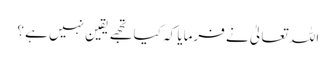
اللہ تعالیٰ نے فرمایا کہ کیا تجھے یقین نہیں ہے ؟